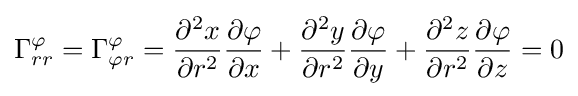
\Gamma _{rr}^{\varphi }=\Gamma _{\varphi r}^{\varphi }={\frac {\partial ^{2}x}{\partial r^{2}}}{\frac {\partial \varphi }{\partial x}}+{\frac {\partial ^{2}y}{\partial r^{2}}}{\frac {\partial \varphi }{\partial y}}+{\frac {\partial ^{2}z}{\partial r^{2}}}{\frac {\partial \varphi }{\partial z}}=0